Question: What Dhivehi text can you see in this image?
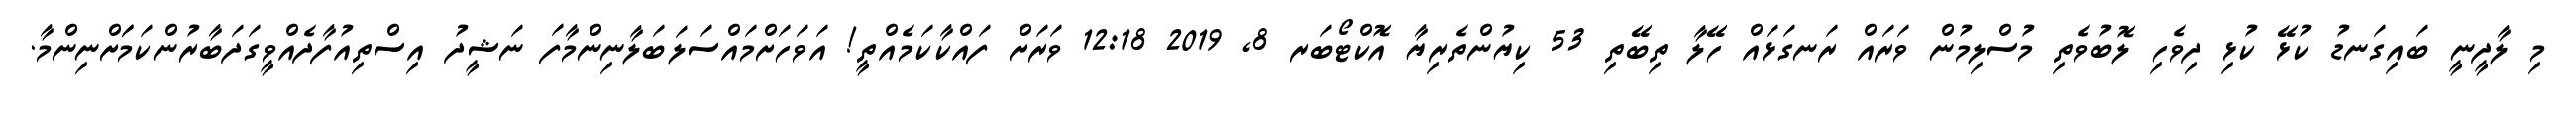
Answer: މި ލާދީނީ ބައިގަނޑު ކުޅޭ ކުޅި ދިވެހި ލޮބުވެތި މުސްލިމުން ވަރައް ރަނގަޅައް ހޭލާ ތިބޭތި 53 ކިޔުންތެރިޔާ އޮކްޓޯބަރ 8, 2019 12:18 ވަރަށް ފައްކާކަމެއްތީ! އަވަހަށްމައްސަލަބަލާނިންމާފަ ނަޝީދު އިސްތިއުފާދެއްވީގަދަބާރުންކަމަަށްނިންމާ.